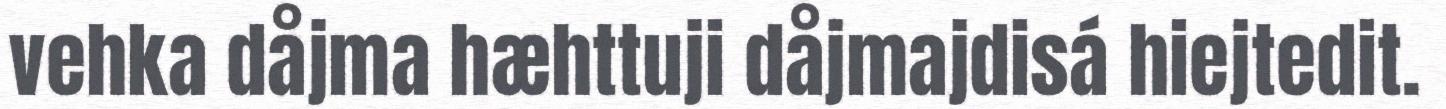
vehka dåjma hæhttuji dåjmajdisá hiejtedit.